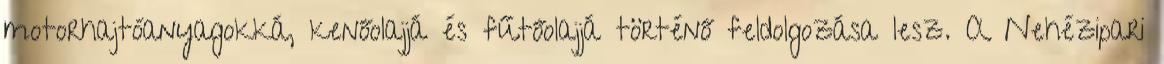
motorhajtóanyagokká, kenőolajjá és fűtőolajjá történő feldolgozása lesz. A Nehézipari